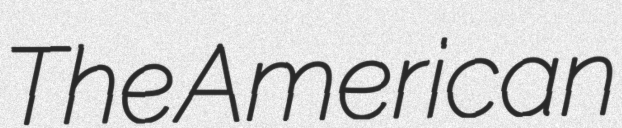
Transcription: The American